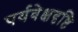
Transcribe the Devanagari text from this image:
पर्यवेक्षदृष्टि